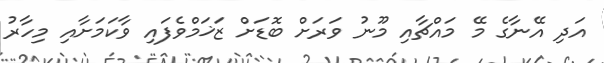
އަދި އޭނާގެ މޭ މައްޗާއި މޫނު ވަރަށް ބޮޑަށް ޒަޚަމްވެފައި ވާކަމަށާއި މިހާރު